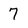
Character: 7